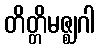
တိတ္တိမဇ္ဈဂါ